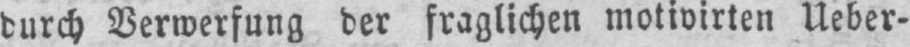
durch Verwerfung der fraglichen motivirten Ueber-